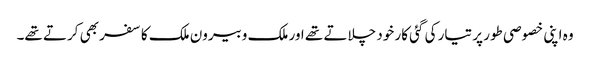
وہ اپنی خصوصی طور پر تیار کی گئی کار خود چلاتے تھے اور ملک وبیرون ملک کا سفر بھی کرتے تھے۔